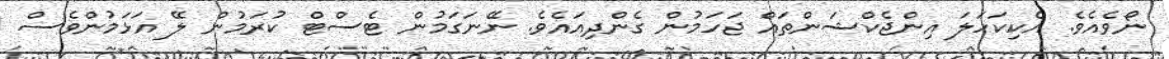
ނޯވެއެވެ. އެކިކަހަލަ އިންޖެކްޝަންތައް ޖަހަމުން ގެންދިއައެވެ. ނޭނަގަމުން ޓެސްޓް ކުރަމުން ލޭ އަޅަމުންވެސް